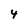
Character: 4